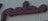
مطعم